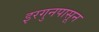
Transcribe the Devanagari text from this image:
इरगुनपासून